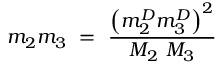
m _ { 2 } m _ { 3 } \ = \ \frac { \left( m _ { 2 } ^ { D } m _ { 3 } ^ { D } \right) ^ { 2 } } { M _ { 2 } \ M _ { 3 } } \ \,